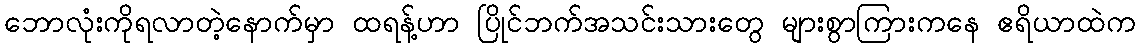
ဘောလုံးကိုရလာတဲ့နောက်မှာ ထရန့်ဟာ ပြိုင်ဘက်အသင်းသားတွေ များစွာကြားကနေ ဧရိယာထဲက